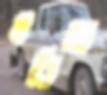
মণ্ডিতা